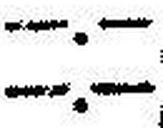
—.—